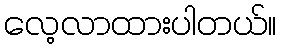
လေ့လာထားပါတယ်။